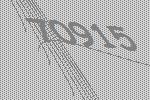
70915